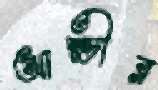
আল্ভীর